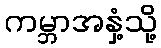
ကမ္ဘာအနှံ့သို့